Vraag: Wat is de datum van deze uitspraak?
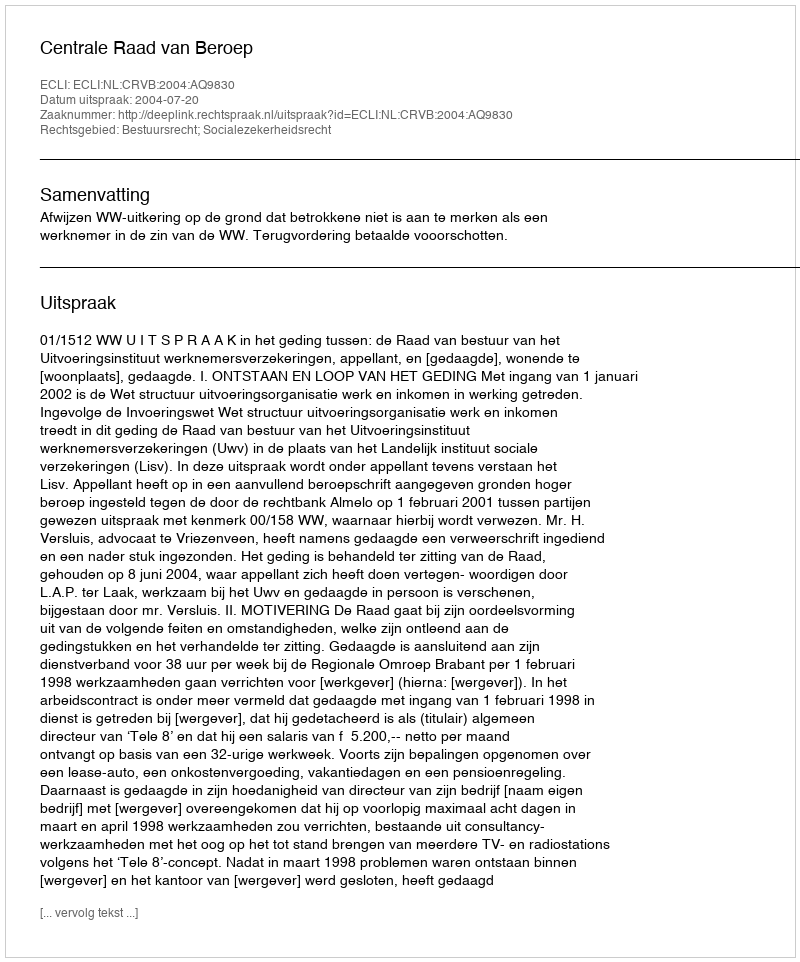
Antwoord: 2004-07-20